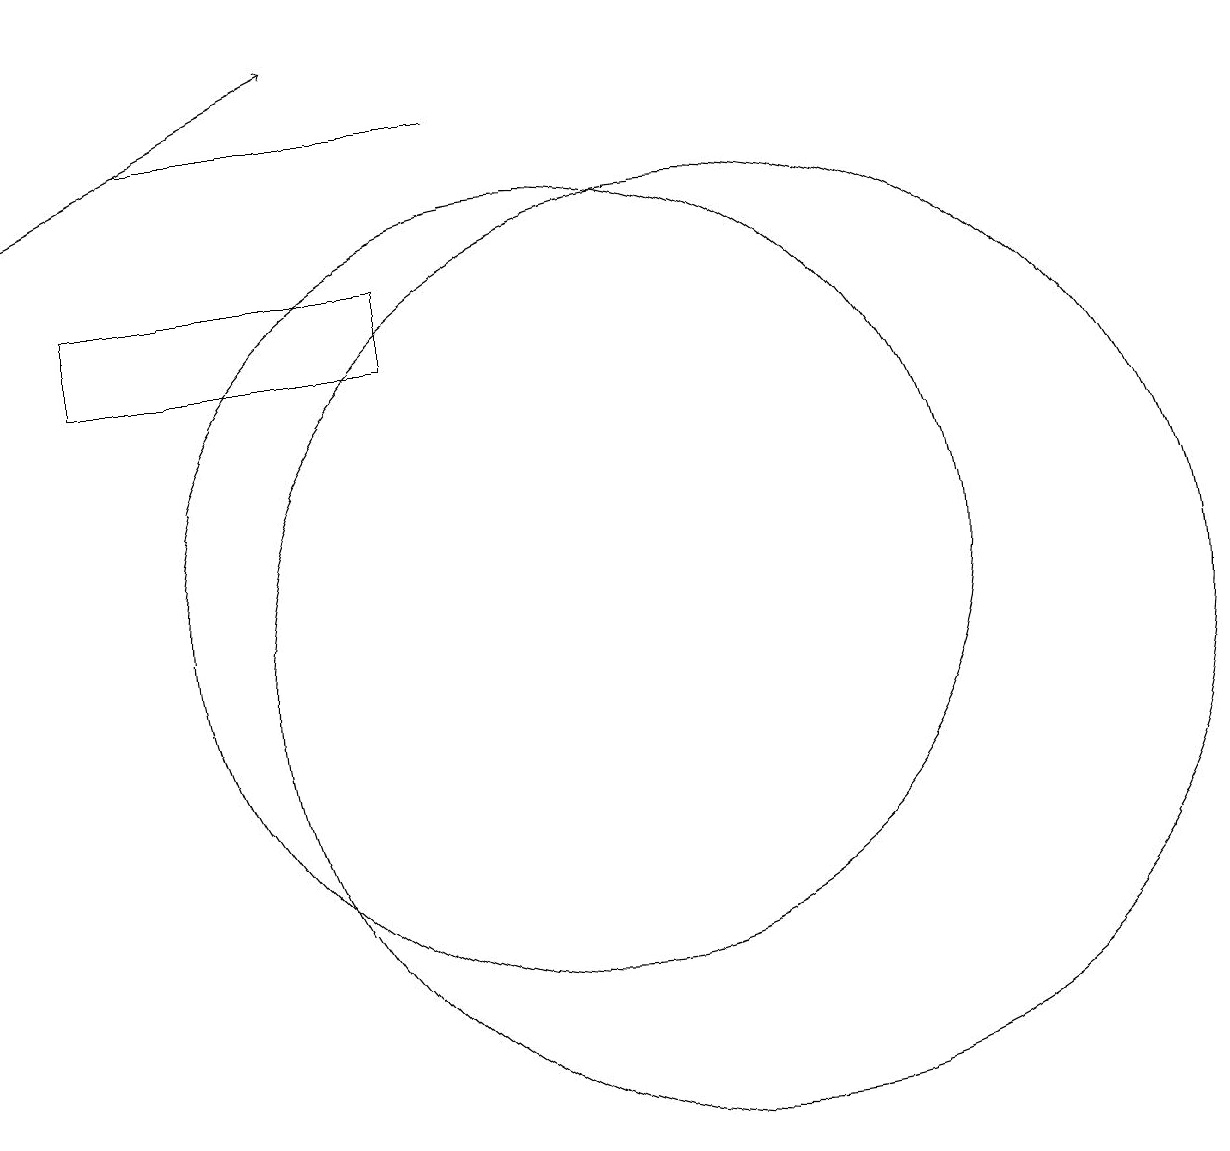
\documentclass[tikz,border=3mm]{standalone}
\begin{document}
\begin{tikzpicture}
\draw (8,15) rectangle (4,14);
\draw (9,17) rectangle (5,17);
\draw (12,10) circle (6);
\draw (10,11) circle (5);
\draw[->] (3,16) -- (7,18);
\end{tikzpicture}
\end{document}